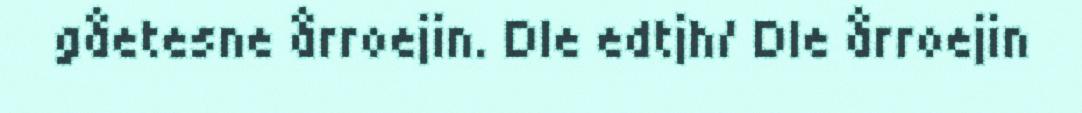
gåetesne årroejin. Dle edtjh/ Dle årroejin